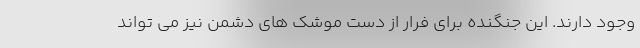
وجود دارند. این جنگنده برای فرار از دست موشک های دشمن نیز می تواند